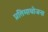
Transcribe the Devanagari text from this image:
प्रतिमायोजना